Lunatic asylums in Bengal annual reports 1912-1924 - 1912-1924
Year: 1912
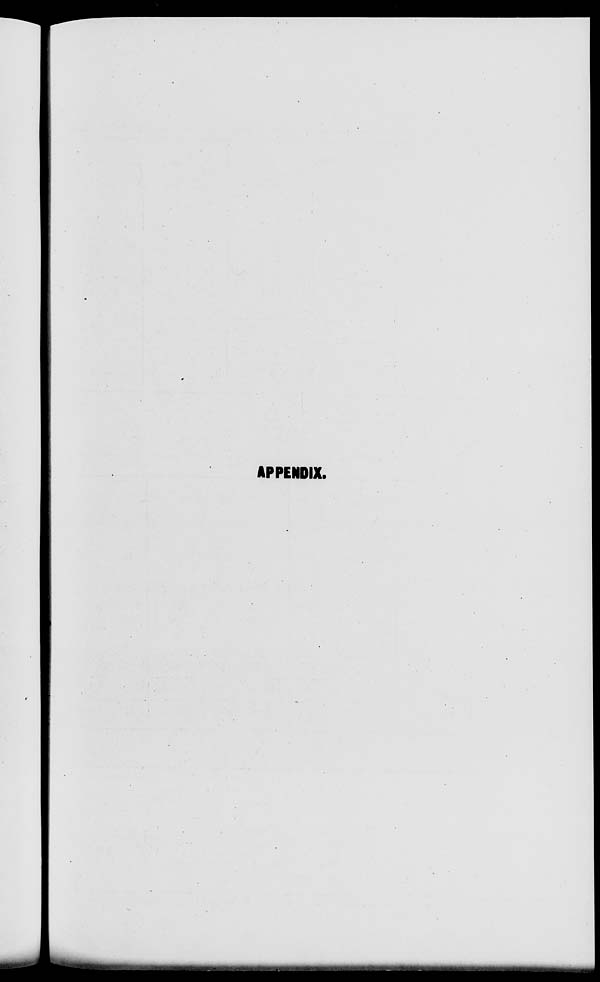
APPENDIX.